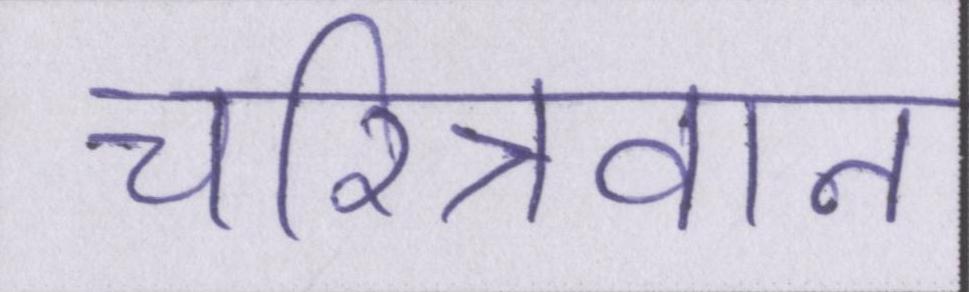
चरित्रवान